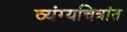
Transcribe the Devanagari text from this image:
व्यंग्यचित्रांत